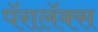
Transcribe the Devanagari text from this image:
पॅरालॅक्स